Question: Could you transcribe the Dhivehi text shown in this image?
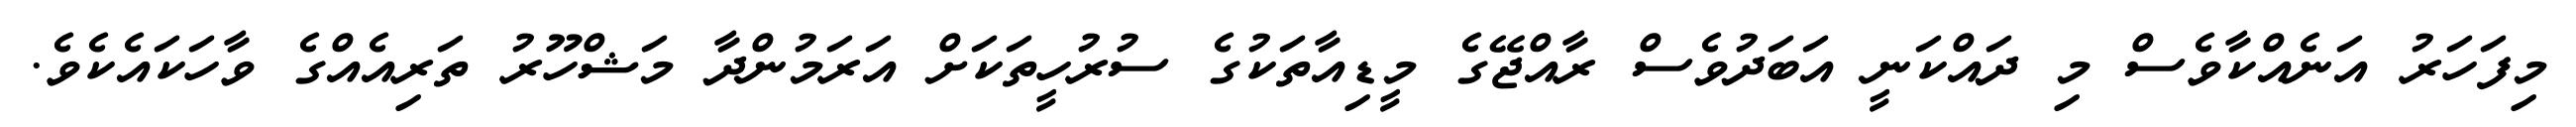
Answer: މިފަހަރު އަނެއްކާވެސް މި ދައްކަނީ އަބަދުވެސް ރާއްޖޭގެ މީޑިއާތަކުގެ ސުރުހީތަކަށް އަރަމުންދާ މަޝްހޫރު ތަރިއެއްގެ ވާހަކައެކެވެ.